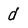
Character: d